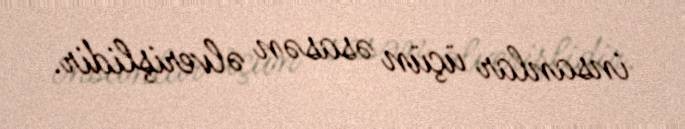
insanlar üçün əsasən əlverişlidir.